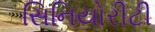
સિનિયોરીટી